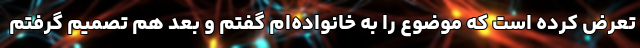
تعرض کرده است که موضوع را به خانواده‌ام گفتم و بعد هم تصمیم گرفتم